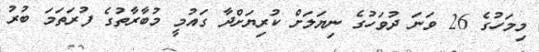
މިމަހުގެ 26 ވަނަ ދުވަހުގެ ނިޔަލަށް ކުރިޔަށްދާ ގައުމީ މުބާރާތުގެ ފުރަތަމަ ބުރު